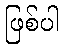
ဖြစ်ပါ